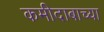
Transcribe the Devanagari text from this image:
कमीदाबाच्या